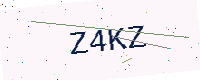
Text: Z4KZ